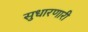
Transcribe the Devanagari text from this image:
सुधारणारी